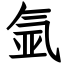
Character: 氩